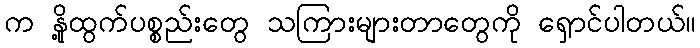
က နို့ထွက်ပစ္စည်းတွေ သကြားများတာတွေကို ရှောင်ပါတယ်။